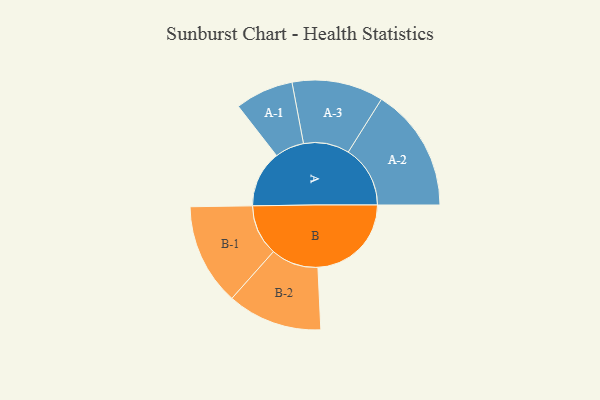
{"axis": {"x": "Segment", "y": "Value"}, "legend": ["", "A", "B"], "data": [{"x": "A", "y": 266, "type": ""}, {"x": "B", "y": 439, "type": ""}, {"x": "A-1", "y": 137, "type": "A"}, {"x": "A-2", "y": 291, "type": "A"}, {"x": "A-3", "y": 215, "type": "A"}, {"x": "B-1", "y": 239, "type": "B"}, {"x": "B-2", "y": 223, "type": "B"}]}